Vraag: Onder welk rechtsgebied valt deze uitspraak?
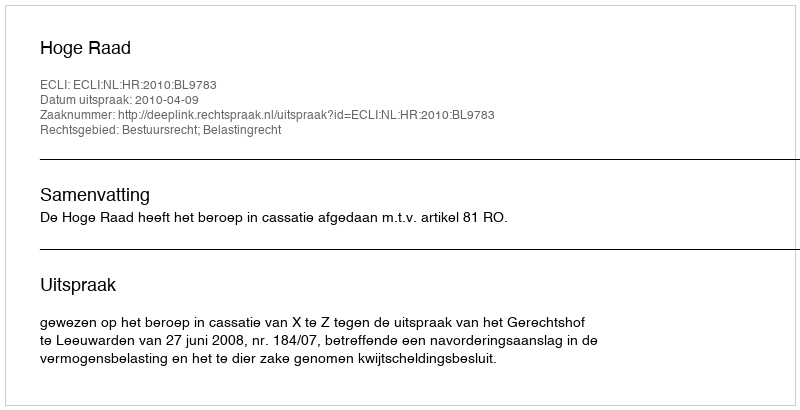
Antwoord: Bestuursrecht; Belastingrecht